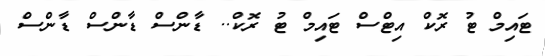
ޓައިމް ޓު ރޮކް އިޓްސް ޓައިމް ޓު ރޮކް.. ޑާންސް ޑާންސް ޑާންސް